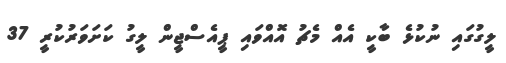
ލީގުގައި ނުކުޅެ ބާކީ އެއް މެޗު އޮއްވައި ޕީއެސްޖީން ލީގު ކަށަވަރުކުރީ 37